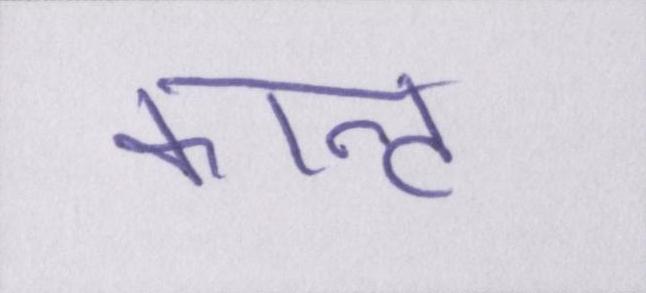
कान्ट